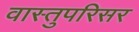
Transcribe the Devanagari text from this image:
वास्तुपरिसर